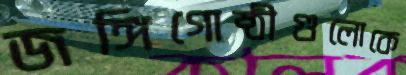
জঙ্গিগোষ্ঠীগুলোকে